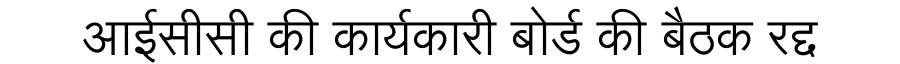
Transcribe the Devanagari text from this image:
आईसीसी की कार्यकारी बोर्ड की बैठक रद्द